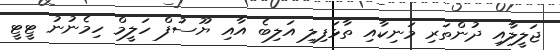
ޖަލީލާއި ދުންތަރި މަނިކާއި ތާޅަފިލި އަލިބެ އާއި ޔޫސުފް ހަލީމް ހިމެނުނު ޓީޓީ